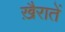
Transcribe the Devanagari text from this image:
ख़ैरातें